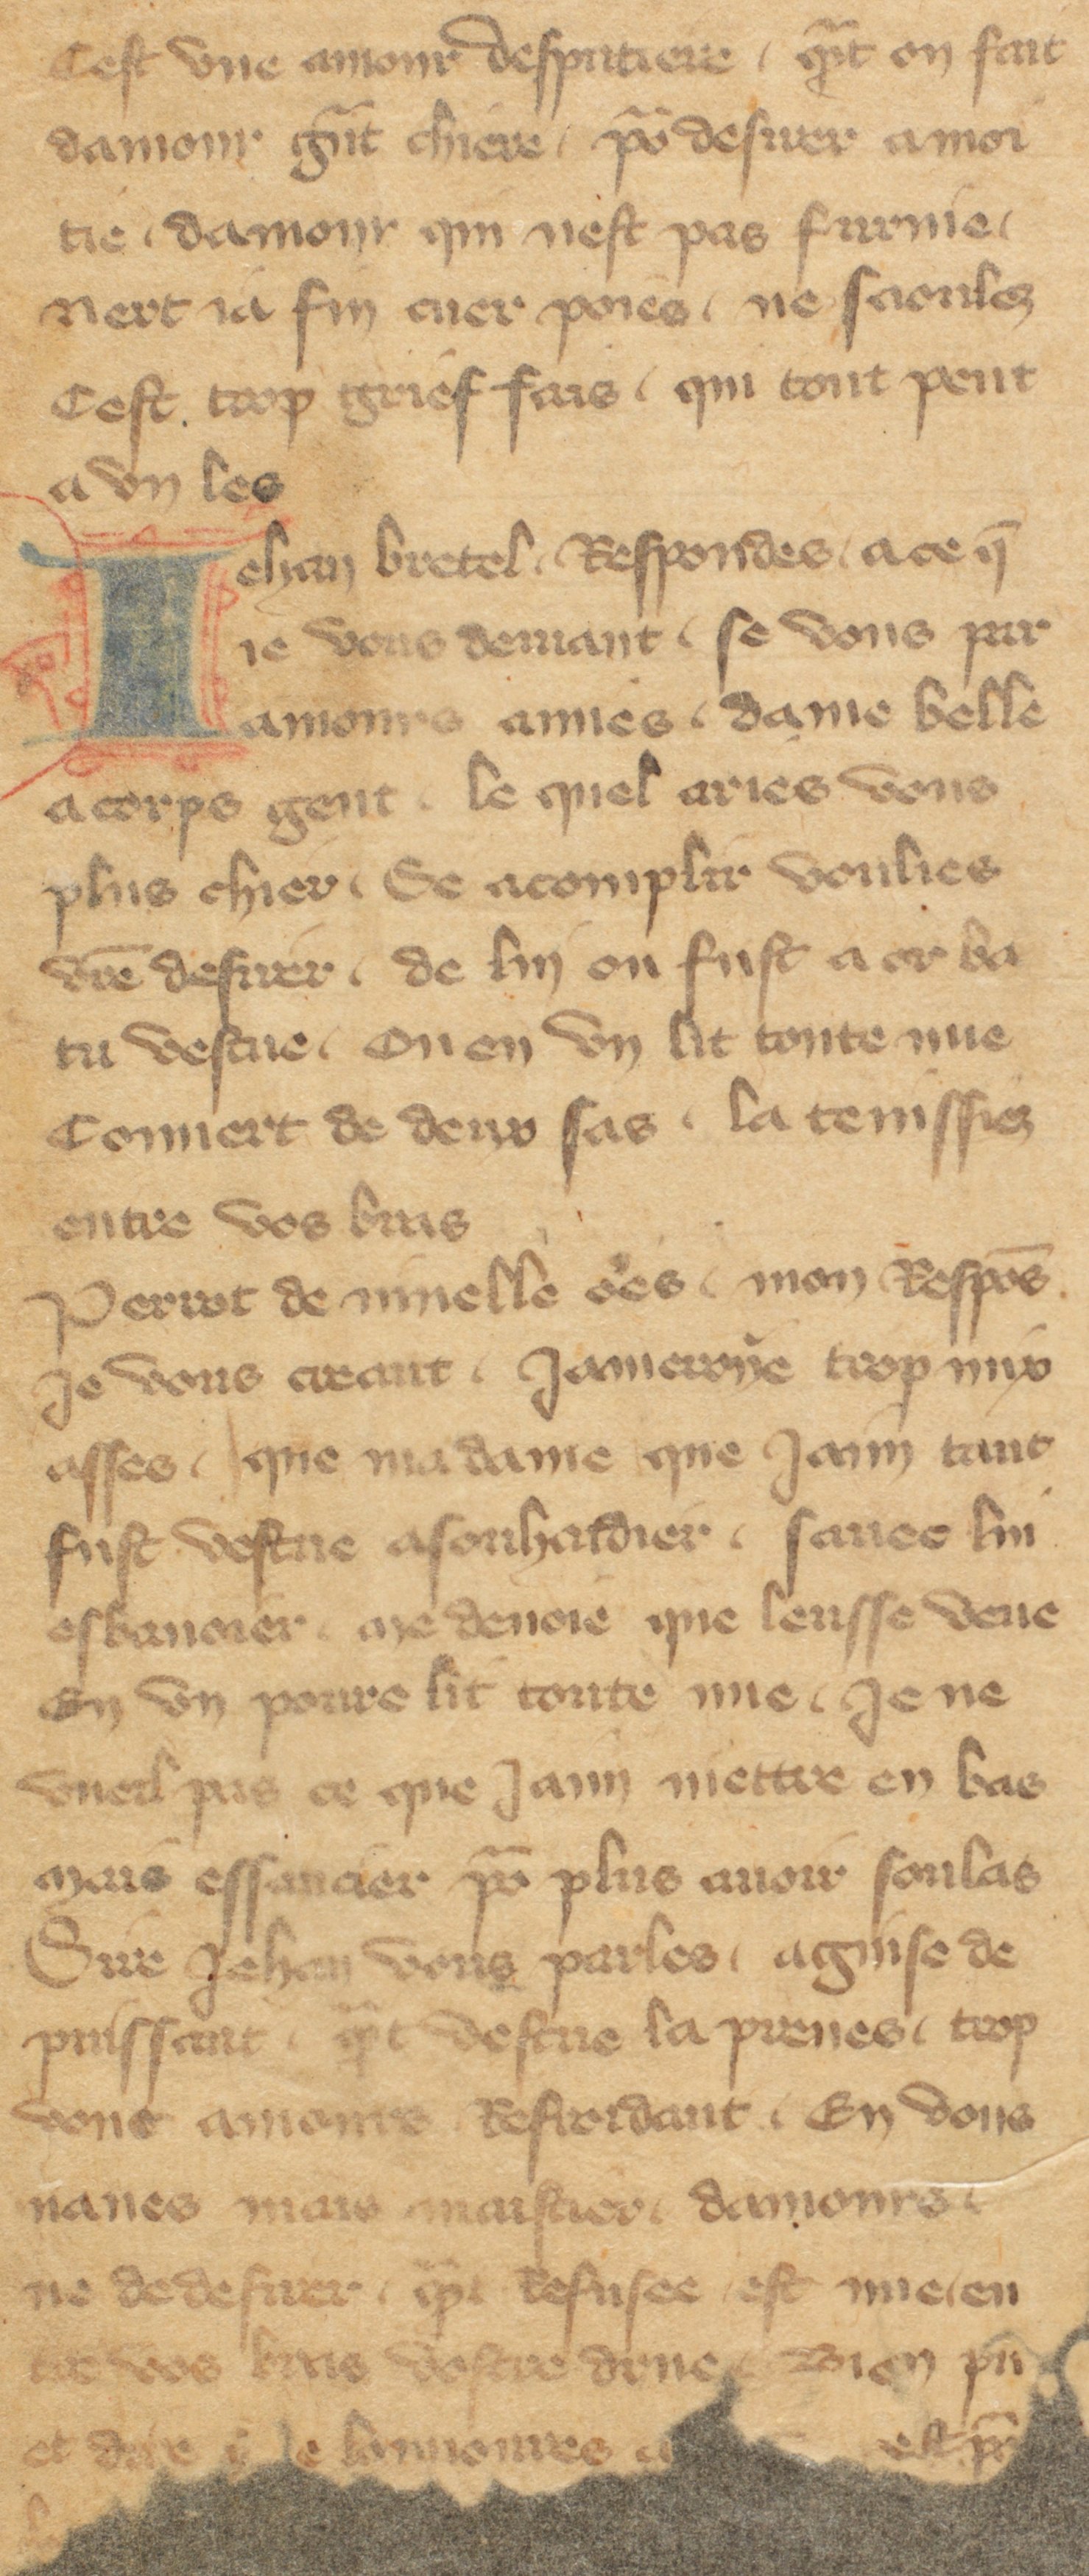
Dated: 1355–1395